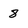
Character: 8